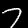
Label: 7